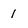
Character: 1